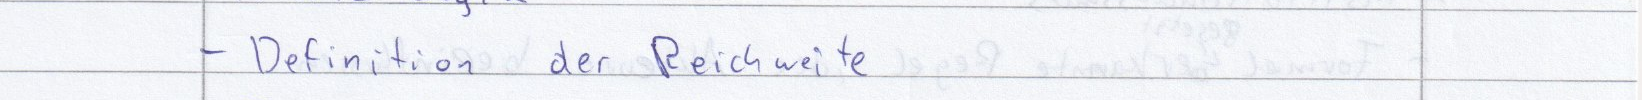
- Definition der Reichweite